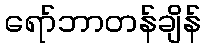
ရော်ဘာတန်ချိန်